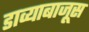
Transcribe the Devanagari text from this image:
डाव्याबाजूस